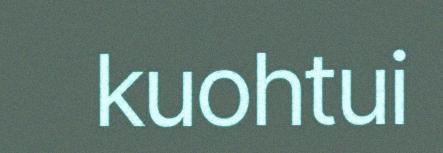
kuohtui